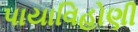
પાયાવિહોણી